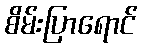
စိမ်းပြာရောင်